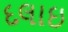
દલાઇ